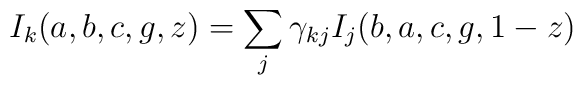
I_{k}(a,b,c,g,z)=\sum_{j}\gamma _{kj}I_{j}(b,a,c,g,1-z)